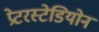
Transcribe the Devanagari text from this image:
प्रेटरस्टेडियोन